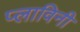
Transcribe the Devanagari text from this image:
प्लाविनी